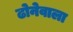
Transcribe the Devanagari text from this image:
ढोनेवाला